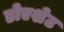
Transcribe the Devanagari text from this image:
डोएशेट